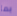
بما